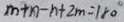
m + n - n + 2 m = 1 8 0 ^ { \circ }